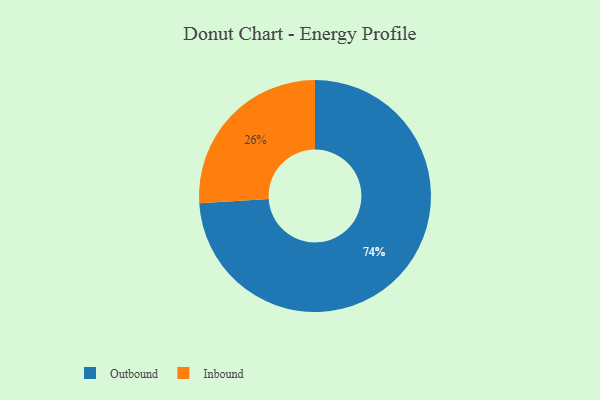
{"axis": {"x": "Category", "y": "Percentage"}, "legend": ["Inbound", "Outbound"], "data": [{"x": "Outbound", "y": 74, "type": "Outbound"}, {"x": "Inbound", "y": 26, "type": "Inbound"}]}